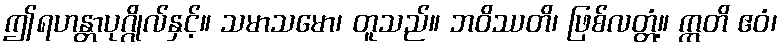
ဤရဟန္တာပုဂ္ဂိုလ်နှင့်။ သမာသမော၊ တူသည်။ ဘဝိဿတိ၊ ဖြစ်လတ္တံ့။ ဣတိ ဧဝံ၊